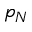
p _ { N }